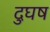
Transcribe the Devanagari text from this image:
दुघष